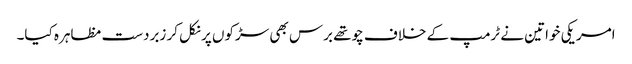
امریکی خواتین نے ٹرمپ کے خلاف چوتھے برس بھی سڑکوں پر نکل کر زبردست مظاہرہ کیا۔